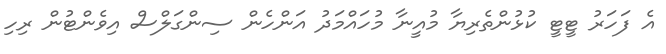
އެ ފަހަރު ޓީޓީ ކުޅުންތެރިޔާ މުއީނާ މުހައްމަދު އަންހެން ސިންގަލްސް އިވެންޓުން ރިހި